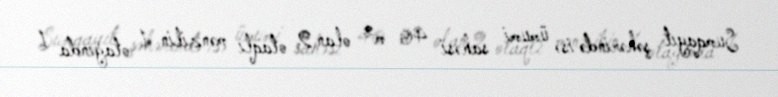
Sumqayıt şəhərində isə ümumi sahəsi 40 m² olan 2 otaqlı mənzilin 1 otağında 1